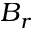
B _ { r }